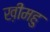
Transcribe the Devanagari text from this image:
ख़ीमहु